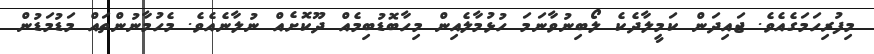
މިފުރިހަމަގެއެވެ. ޖައިދަން ކަމީލާދެކެ ލޯބިނުވާނަމަ ހުޅުމާލެއިން މިހާބޮޑުބިމެއް ދޫކޮށެއް ނުލާނެއެވެ. މެހުމާނުންތައް މަޑުމަޑުން